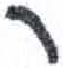
אות: ר